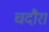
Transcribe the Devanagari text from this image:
चदौरा